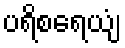
ပရိစရေယျံ